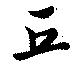
丘